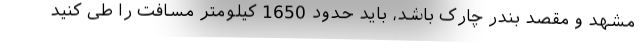
مشهد و مقصد بندر چارک باشد، باید حدود 1650 کیلومتر مسافت را طی کنید